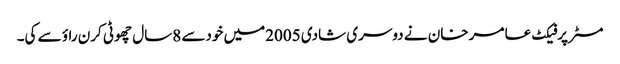
مسٹرپرفیکٹ عامر خان نے دوسری شادی 2005میں خودسے 8سال چھوٹی کرن راؤ سے کی۔